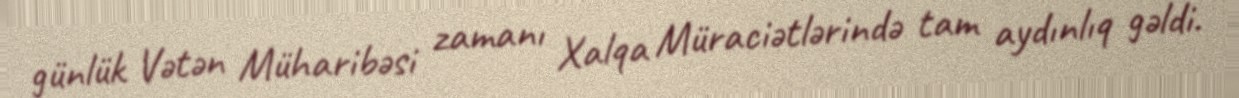
günlük Vətən Müharibəsi zamanı Xalqa Müraciətlərində tam aydınlıq gəldi.